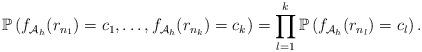
LaTeX: \begin{align*} \mathbb{P}\left(f_{\mathcal{A}_h}(r_{n_1})=c_1,\ldots,f_{\mathcal{A}_h}(r_{n_k})=c_k\right)=\prod_{l=1}^k\mathbb{P}\left(f_{\mathcal{A}_h}(r_{n_l})=c_l\right).\end{align*}